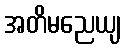
အတိမညေယျ